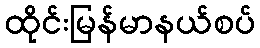
ထိုင်းမြန်မာနယ်စပ်